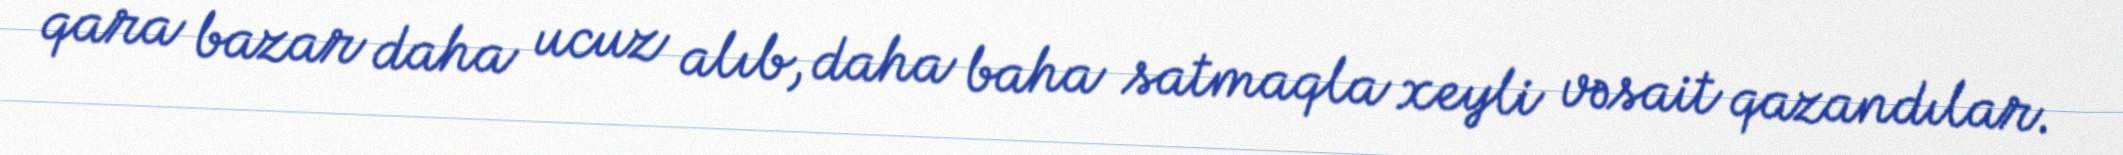
qara bazar daha ucuz alıb, daha baha satmaqla xeyli vəsait qazandılar.